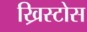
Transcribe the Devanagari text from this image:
ख्रिस्टोस